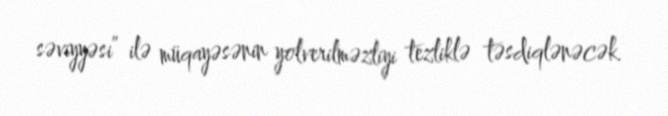
səviyyəsi” ilə müqayəsənin yolverilməzliyi tezliklə təsdiqlənəcək.